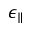
\epsilon _ { \parallel }